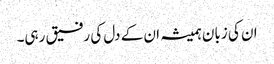
ان کی زبان ہمیشہ ان کے دل کی رفیق رہی۔